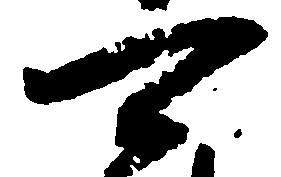
可